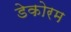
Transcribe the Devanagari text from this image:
डेकोरम